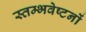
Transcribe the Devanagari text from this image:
स्तम्भवेष्टनों